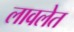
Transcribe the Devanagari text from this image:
लावलेत